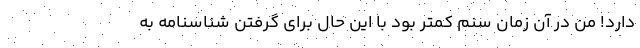
دارد! من در آن زمان سنم کمتر بود با این حال برای گرفتن شناسنامه به